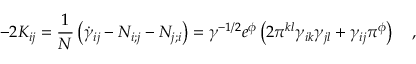
- 2 K _ { i j } = \frac { 1 } { N } \left( \dot { \gamma } _ { i j } - N _ { i ; j } - N _ { j ; i } \right) = \gamma ^ { - 1 / 2 } e ^ { \phi } \left( 2 \pi ^ { k l } \gamma _ { i k } \gamma _ { j l } + \gamma _ { i j } \pi ^ { \phi } \right) ~ ~ ~ ,